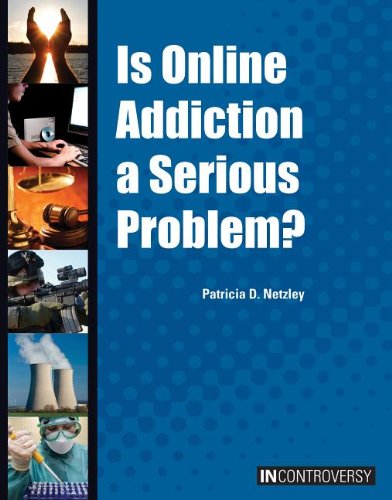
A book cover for Is Online Addiction a Serious Problem? (In Controversy); Patricia D. Netzley; Teen & Young Adult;